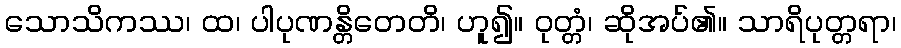
သောသိကဿ၊ ထ၊ ပါပုဏန္တိတေတိ၊ ဟူ၍။ ဝုတ္တံ၊ ဆိုအပ်၏။ သာရိပုတ္တရာ၊